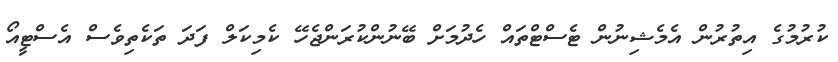
ކުރުމުގެ އިތުރުން އެމެޝިނުން ޓެސްޓްތައް ހެދުމަށް ބޭނުންކުރަންޖެހޭ ކެމިކަލް ފަދަ ތަކެތިވެސް އެސްޓީއޯ